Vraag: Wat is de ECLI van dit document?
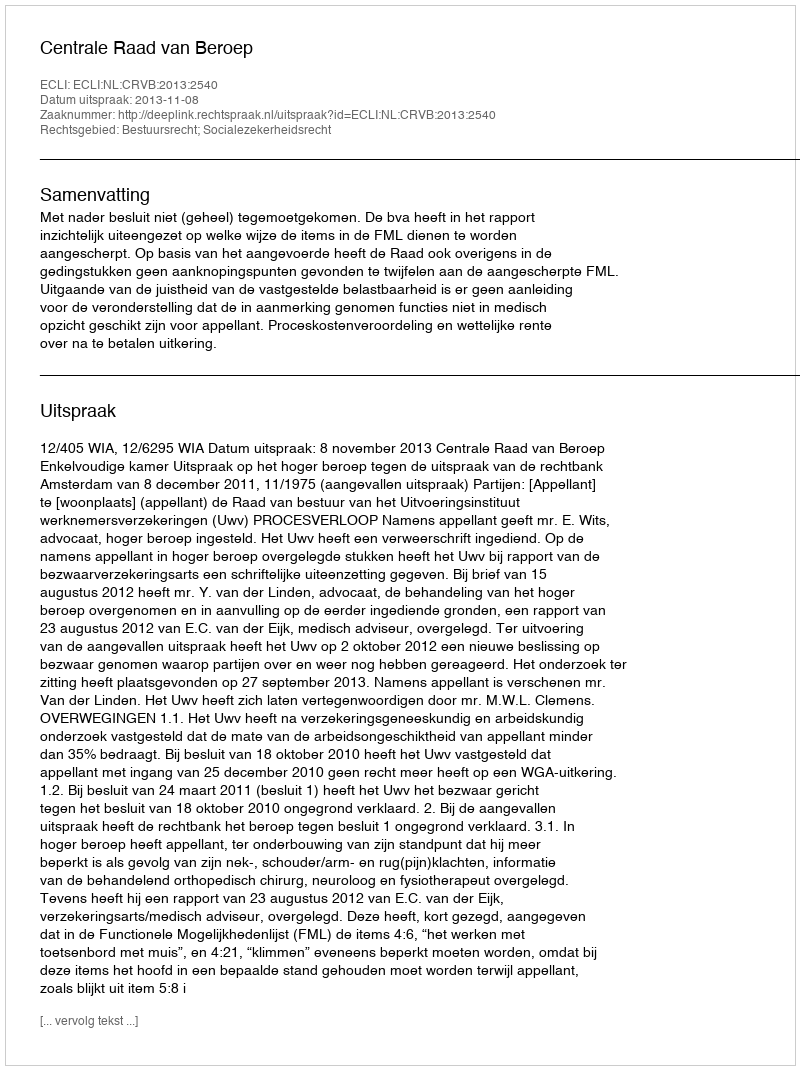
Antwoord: ECLI:NL:CRVB:2013:2540